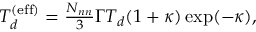
\begin{array} { r } { T _ { d } ^ { \mathrm { ( e f f ) } } = \frac { N _ { n n } } { 3 } \Gamma T _ { d } ( 1 + \kappa ) \exp ( - \kappa ) , } \end{array}